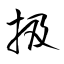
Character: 扱